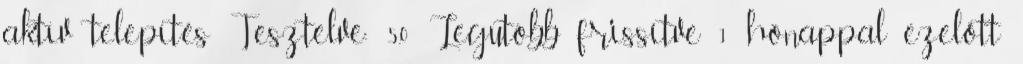
aktív telepítés Tesztelve: 5.0 Legutóbb frissítve 1 hónappal ezelőtt